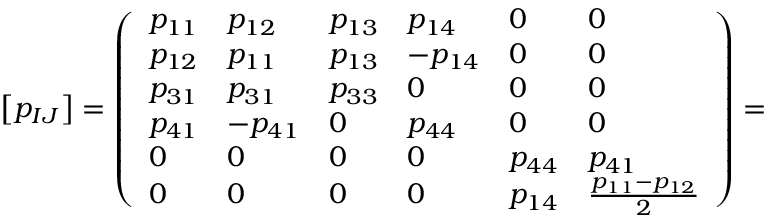
\left[ p _ { I J } \right] = \left( \begin{array} { l l l l l l } { p _ { 1 1 } } & { p _ { 1 2 } } & { p _ { 1 3 } } & { p _ { 1 4 } } & { 0 } & { 0 } \\ { p _ { 1 2 } } & { p _ { 1 1 } } & { p _ { 1 3 } } & { - p _ { 1 4 } } & { 0 } & { 0 } \\ { p _ { 3 1 } } & { p _ { 3 1 } } & { p _ { 3 3 } } & { 0 } & { 0 } & { 0 } \\ { p _ { 4 1 } } & { - p _ { 4 1 } } & { 0 } & { p _ { 4 4 } } & { 0 } & { 0 } \\ { 0 } & { 0 } & { 0 } & { 0 } & { p _ { 4 4 } } & { p _ { 4 1 } } \\ { 0 } & { 0 } & { 0 } & { 0 } & { p _ { 1 4 } } & { \frac { p _ { 1 1 } - p _ { 1 2 } } { 2 } } \end{array} \right) =